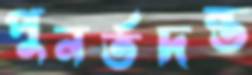
পুনর্তদন্ত